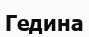
Гедина